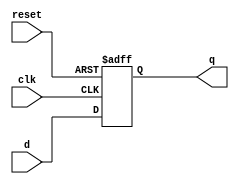
`timescale 1ns / 1ps

module Flopr
#(parameter WIDTH = 8)
(	
	input 			  clk,reset,
	input [WIDTH-1:0] d,
	
	output reg [WIDTH-1:0] q
);

always@(posedge clk or posedge reset)
begin
	if (reset)
		q<=0;
	else
		q<=d;
end	

endmodule